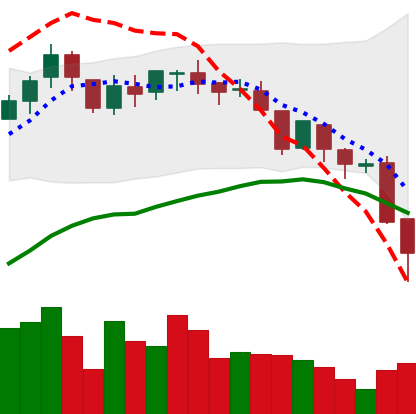
Ticker: BNB-USD
Chart end date: 2018-08-14
Forward return: 7.814%
Label: up_7plus